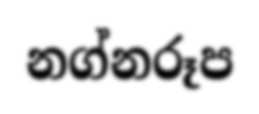
නග්නරූප